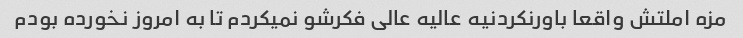
مزه املتش واقعا باورنکردنیه عالیه عالی فکرشو نمیکردم تا به امروز نخورده بودم